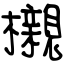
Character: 櫬